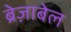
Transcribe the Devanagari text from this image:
ब्रेज़ाबेल